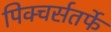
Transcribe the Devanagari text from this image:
पिक्चर्सतर्फे